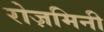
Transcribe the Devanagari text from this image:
रोज़मिनी